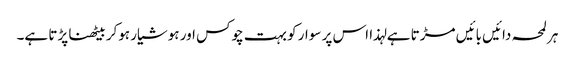
ہر لمحہ دائیں بائیں مڑتا ہے لہذا اس پر سوار کو بہت چوکس اور ہوشیار ہوکر بیٹھنا پڑتا ہے۔